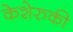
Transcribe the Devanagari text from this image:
केशेरुकी